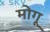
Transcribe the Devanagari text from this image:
मोगू